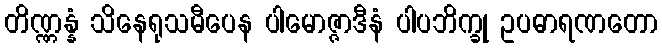
တိဏ္ဏန္နံ သိနေရုသမီပေန ပါမောဇ္ဇာဒီနံ ပါပဘိက္ခု ဥပဓာရဏတော